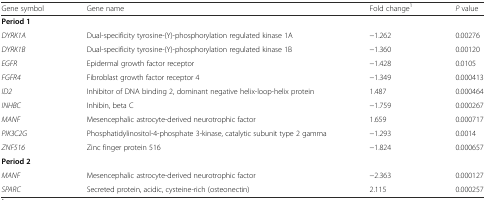
<table><thead><tr><td><b>Gene symbol</b></td><td><b>Gene name</b></td><td><b>Fold change<sup>1</sup></b></td><td><b><i>P</i> value</b></td></tr></thead><tbody><tr><td><b>Period 1</b></td><td></td><td></td><td></td></tr><tr><td><i>DYRK1A</i></td><td>Dual-specificity tyrosine-(Y)-phosphorylation regulated kinase 1A</td><td>−1.262</td><td>0.00276</td></tr><tr><td><i>DYRK1B</i></td><td>Dual-specificity tyrosine-(Y)-phosphorylation regulated kinase 1B</td><td>−1.360</td><td>0.00120</td></tr><tr><td><i>EGFR</i></td><td>Epidermal growth factor receptor</td><td>−1.428</td><td>0.0105</td></tr><tr><td><i>FGFR4</i></td><td>Fibroblast growth factor receptor 4</td><td>−1.349</td><td>0.000413</td></tr><tr><td><i>ID2</i></td><td>Inhibitor of DNA binding 2, dominant negative helix-loop-helix protein</td><td>1.487</td><td>0.000464</td></tr><tr><td><i>INHBC</i></td><td>Inhibin, beta C</td><td>−1.759</td><td>0.000267</td></tr><tr><td><i>MANF</i></td><td>Mesencephalic astrocyte-derived neurotrophic factor</td><td>1.659</td><td>0.000717</td></tr><tr><td><i>PIK3C2G</i></td><td>Phosphatidylinositol-4-phosphate 3-kinase, catalytic subunit type 2 gamma</td><td>−1.293</td><td>0.0014</td></tr><tr><td><i>ZNF516</i></td><td>Zinc finger protein 516</td><td>−1.824</td><td>0.000657</td></tr><tr><td><b>Period 2</b></td><td></td><td></td><td></td></tr><tr><td><i>MANF</i></td><td>Mesencephalic astrocyte-derived neurotrophic factor</td><td>−2.363</td><td>0.000127</td></tr><tr><td><i>SPARC</i></td><td>Secreted protein, acidic, cysteine-rich (osteonectin)</td><td>2.115</td><td>0.000257</td></tr></tbody></table>